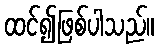
ထင်၍ဖြစ်ပါသည်။